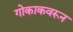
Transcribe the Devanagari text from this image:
गोकाकवरून